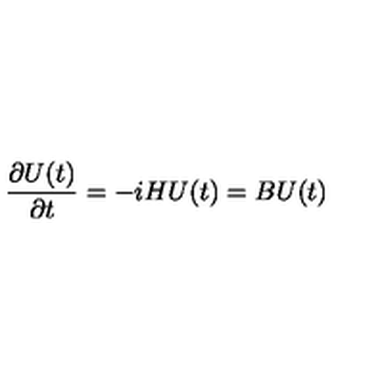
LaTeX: { \frac { \partial U ( t ) } { \partial t } } = - i H U ( t ) = B U ( t )